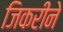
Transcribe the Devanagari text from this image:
जिकरीने